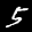
Label: 5